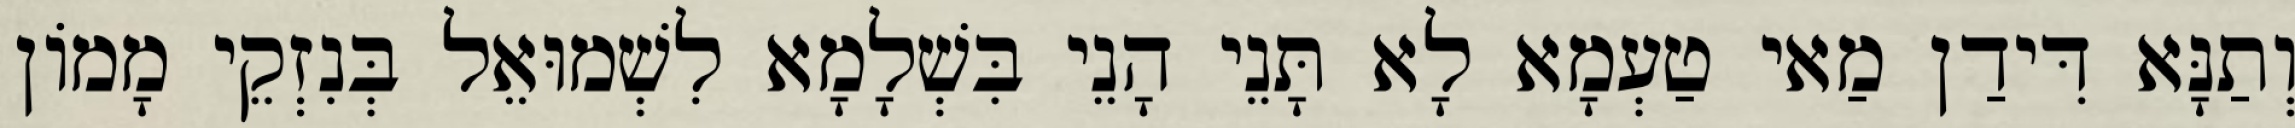
וְתַנָּא דִּידַן מַאי טַעְמָא לָא תָּנֵי הָנֵי בִּשְׁלָמָא לִשְׁמוּאֵל בְּנִזְקֵי מָמוֹן